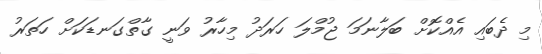
މި ދެބައި އެއްކޮށް ބަލާނަމަ ޖުމްލަ ހަރަދު މިހާރު ވަނީ ގާތްގަނޑަކަށް ހަތަރު